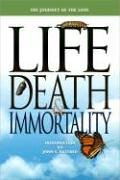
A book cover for The Journey of the Soul: Life, Death & Immortality; Religion & Spirituality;